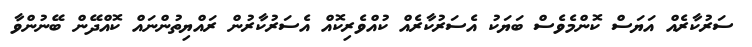
ސަރުކާރެއް އަޔަސް ކޮންމެވެސް ބަޔަކު އެސަރުކާރެއް ކުއްވެރިކޮއް އެސަރުކާރުން ރައްޔިތުންނައް ކޮއްދޭން ބޭނުންވާ